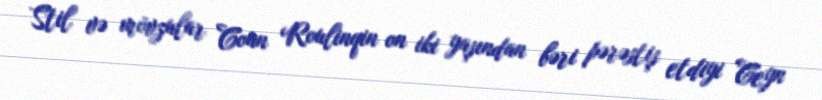
Stil və mövzular Coan Roulinqin on iki yaşından bəri pərəstiş etdiyi Ceyn